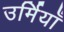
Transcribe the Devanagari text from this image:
उर्मियाँ